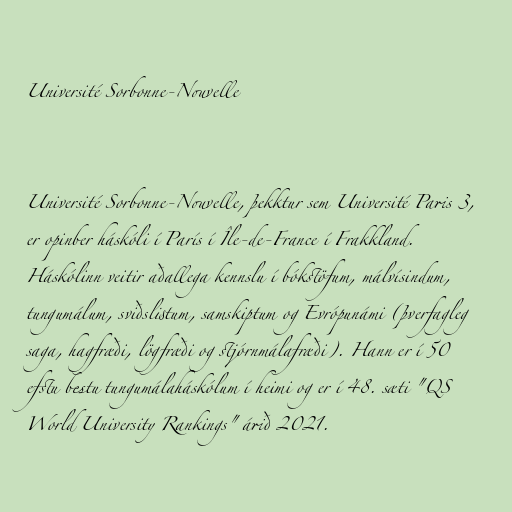
Université Sorbonne-Nouvelle

Université Sorbonne-Nouvelle, þekktur sem Université Paris 3,
er opinber háskóli í París í Île-de-France í Frakkland.
Háskólinn veitir aðallega kennslu í bókstöfum, málvísindum,
tungumálum, sviðslistum, samskiptum og Evrópunámi (þverfagleg
saga, hagfræði, lögfræði og stjórnmálafræði). Hann er í 50
efstu bestu tungumálaháskólum í heimi og er í 48. sæti "QS
World University Rankings" árið 2021.